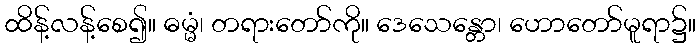
ထိန့်လန့်စေ၍။ ဓမ္မံ၊ တရားတော်ကို။ ဒေသေန္တော၊ ဟောတော်မူရာ၌။